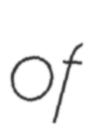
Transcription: of